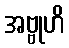
အဗ္ဗုဟိ